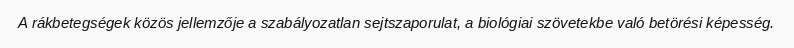
A rákbetegségek közös jellemzője a szabályozatlan sejtszaporulat, a biológiai szövetekbe való betörési képesség.